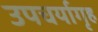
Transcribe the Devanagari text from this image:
उपचर्यागृह